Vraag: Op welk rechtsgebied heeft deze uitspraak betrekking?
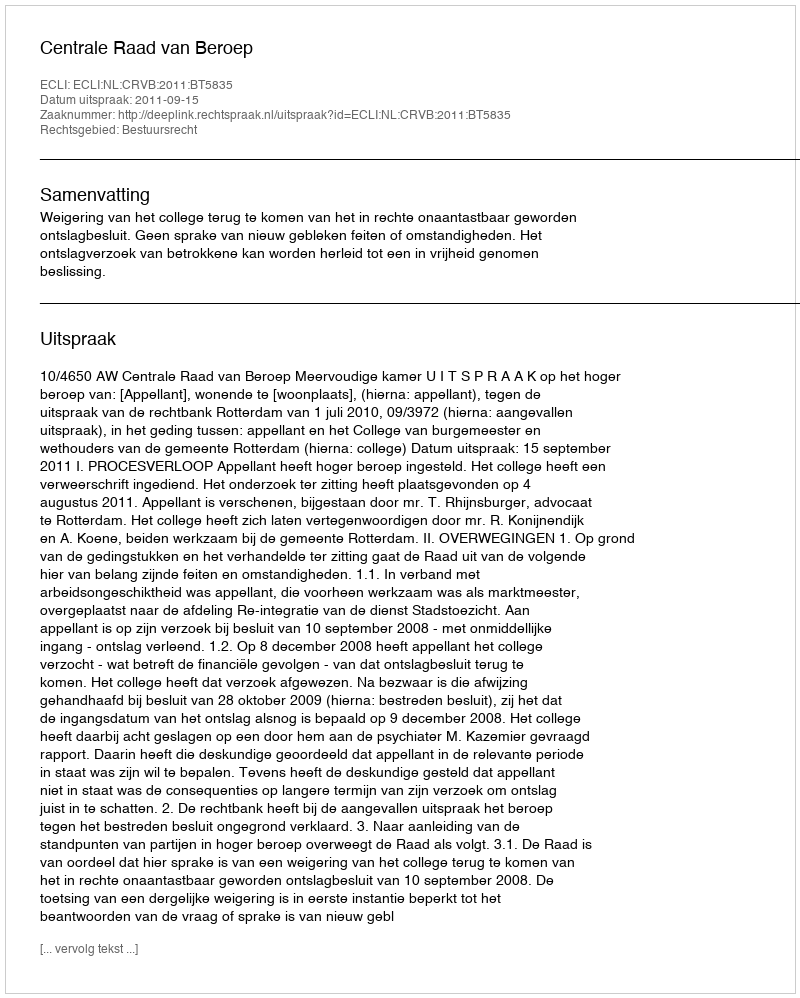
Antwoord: Bestuursrecht